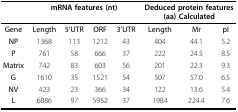
<table><thead><tr><td></td><td colspan="4"><b>mRNA features (nt)</b></td><td colspan="3"><b>Deduced protein features (aa) Calculated</b></td></tr><tr><td><b>Gene</b></td><td><b>Length</b></td><td><b>5&#x27;UTR</b></td><td><b>ORF</b></td><td><b>3&#x27;UTR</b></td><td><b>Length</b></td><td><b>Mr</b></td><td><b>pI</b></td></tr></thead><tbody><tr><td><b>NP</b></td><td>1368</td><td>113</td><td>1212</td><td>43</td><td>404</td><td>44.1</td><td>5.2</td></tr><tr><td><b>P</b></td><td>761</td><td>58</td><td>666</td><td>37</td><td>222</td><td>24.5</td><td>8.5</td></tr><tr><td><b>Matrix</b></td><td>742</td><td>83</td><td>603</td><td>56</td><td>201</td><td>22.3</td><td>9.3</td></tr><tr><td><b>G</b></td><td>1610</td><td>35</td><td>1521</td><td>54</td><td>507</td><td>57.0</td><td>6.5</td></tr><tr><td><b>NV</b></td><td>423</td><td>23</td><td>366</td><td>34</td><td>122</td><td>13.6</td><td>5.4</td></tr><tr><td><b>L</b></td><td>6086</td><td>97</td><td>5952</td><td>37</td><td>1984</td><td>224.4</td><td>7.6</td></tr></tbody></table>